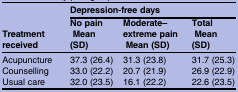
<table><thead><tr><td rowspan="2"><b>Treatment received</b></td><td colspan="3"><b>Depression-free days</b></td></tr><tr><td><b>No pain Mean (SD)</b></td><td><b>Moderate–extreme pain Mean (SD)</b></td><td><b>Total Mean (SD)</b></td></tr></thead><tbody><tr><td>Acupuncture</td><td>37.3 (26.4)</td><td>31.3 (23.8)</td><td>31.7 (25.3)</td></tr><tr><td>Counselling</td><td>33.0 (22.2)</td><td>20.7 (21.9)</td><td>26.9 (22.9)</td></tr><tr><td>Usual care</td><td>32.0 (23.5)</td><td>16.1 (22.2)</td><td>22.6 (23.5)</td></tr></tbody></table>